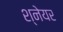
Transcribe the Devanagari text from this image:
श्नेयर